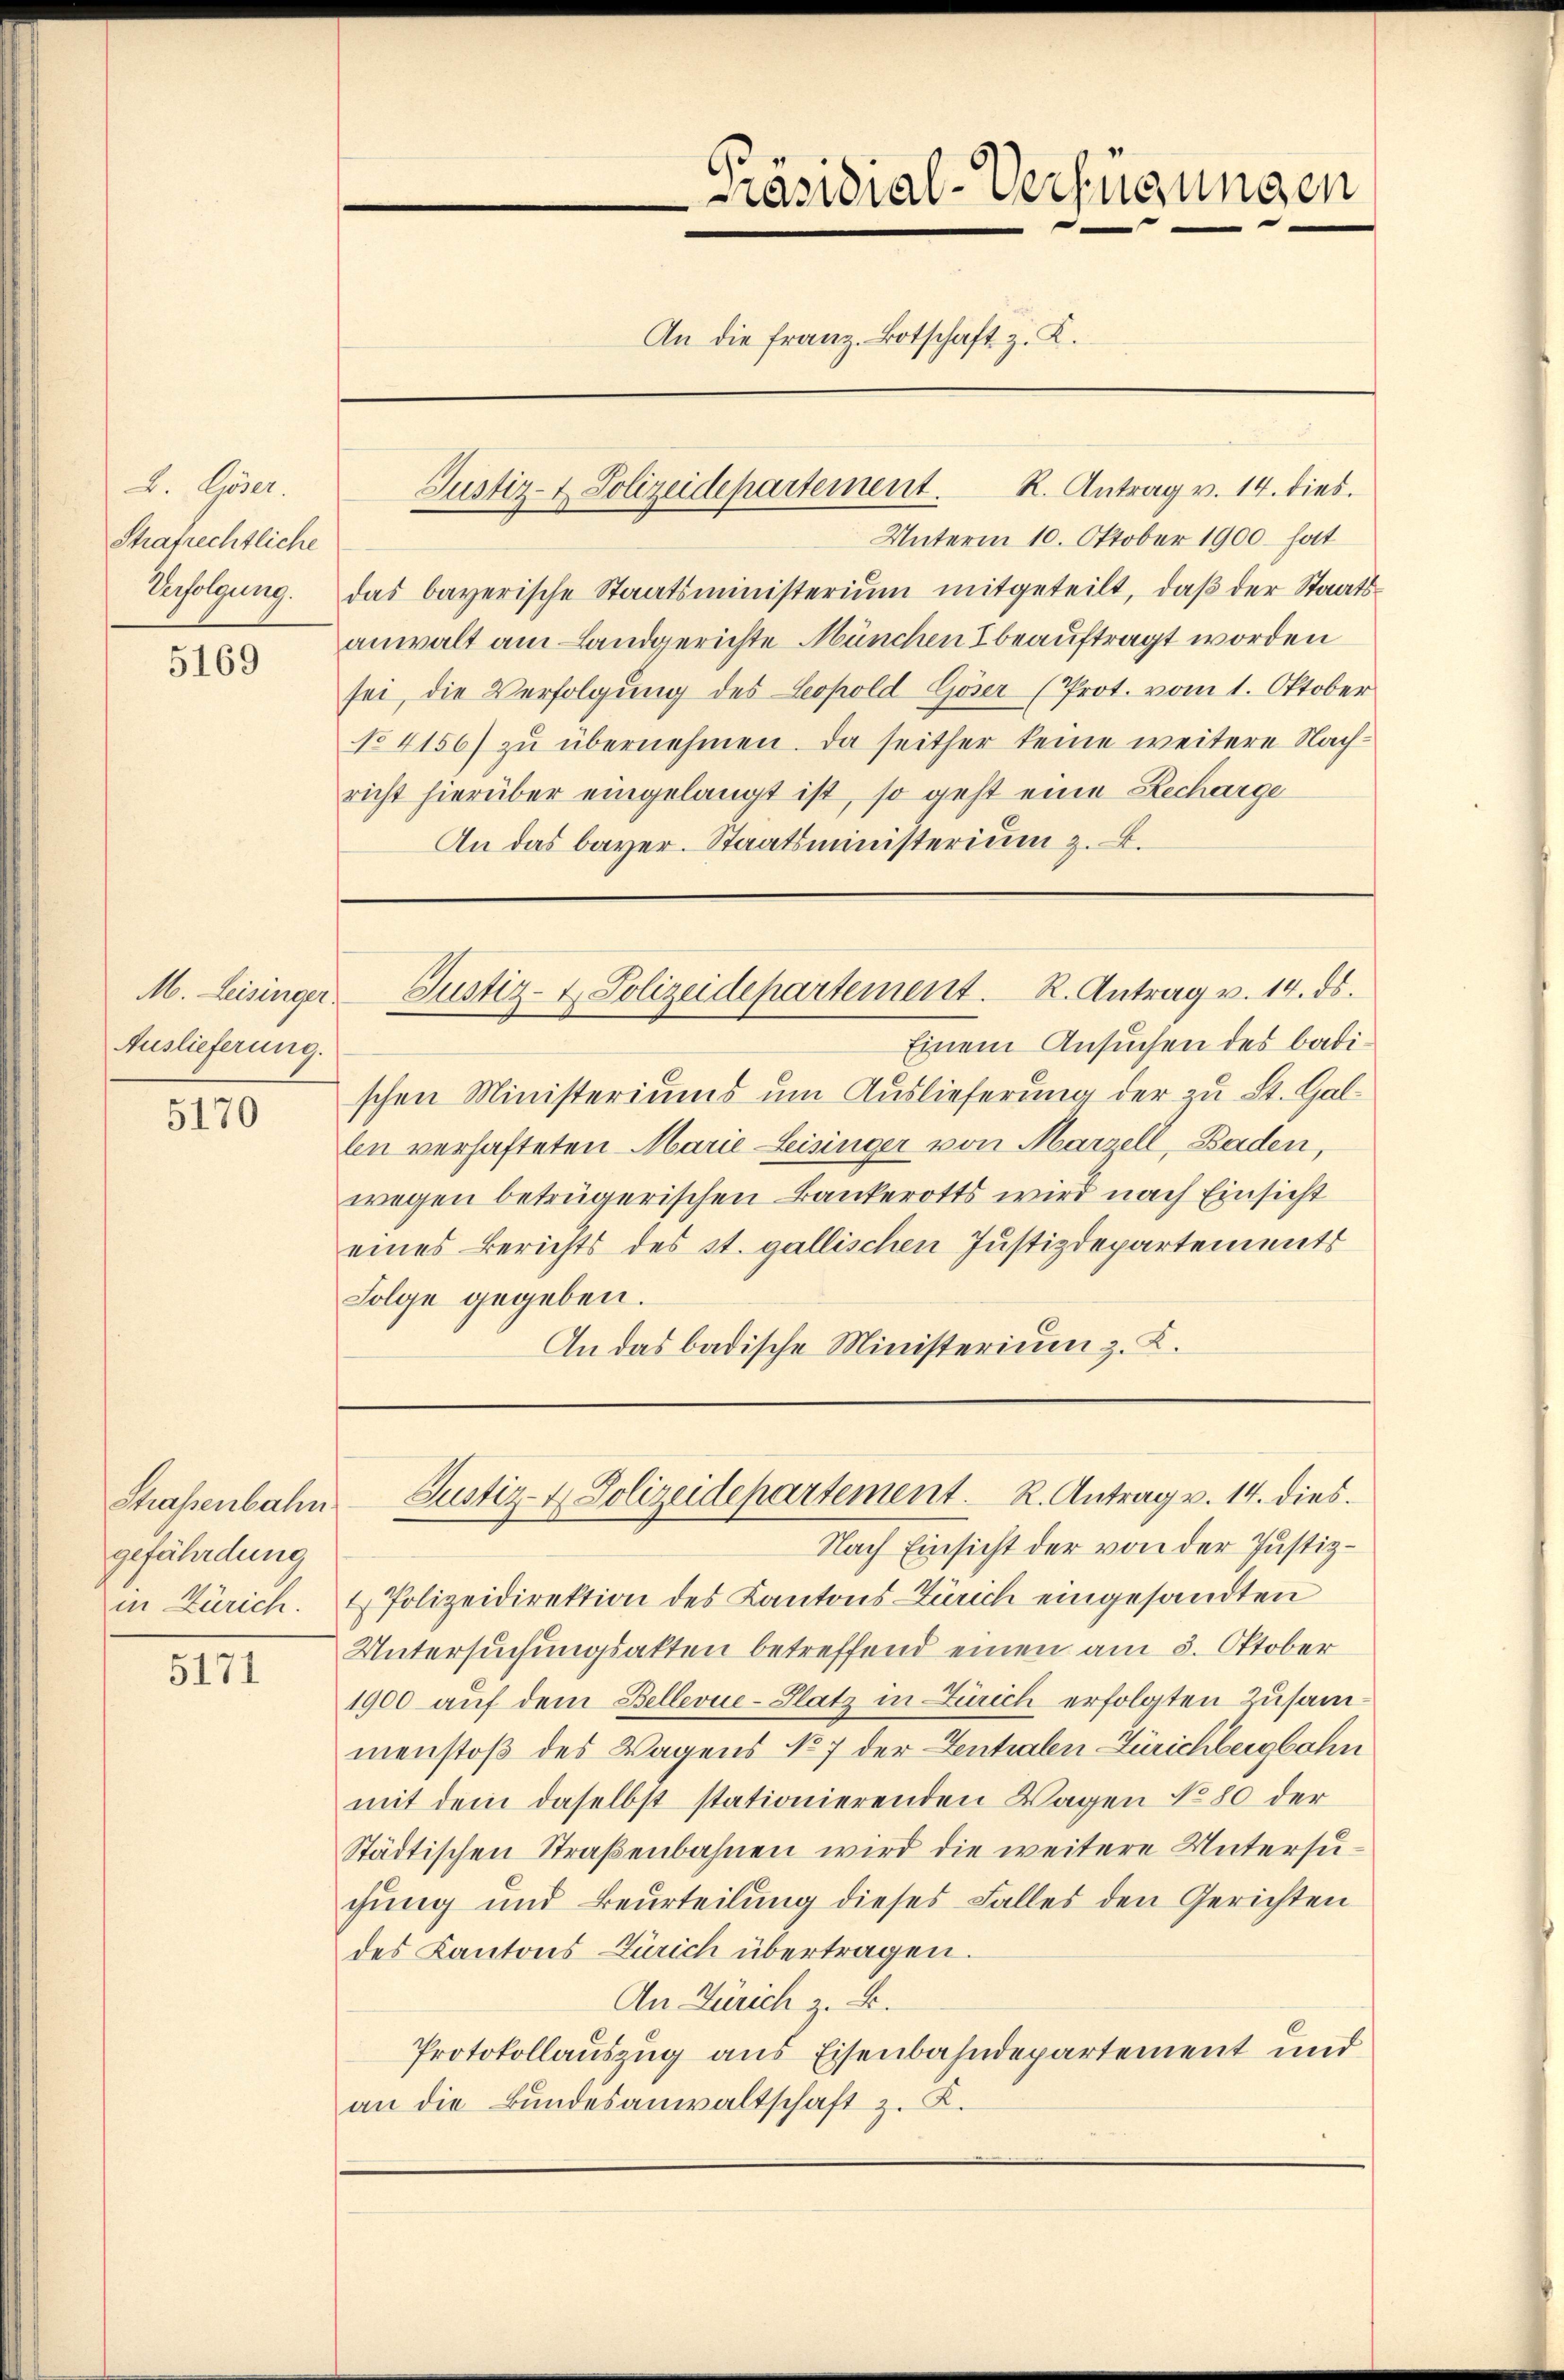
L. Göser.
Strafrechtliche
Verfolgung.

5169

M. Leisinger
Auslieferung.

5170

gefährdung
in Zürich.

5171

An die Franz. Botschaft z. K.

Unterm 10. Oktober 1900 hat
das bayerische Staatsministerium mitgeteilt, daβ der Staats-
anwalt am Landgerichte München & beauftragt worden
sei, die Verfolgung des Leopold Göser (Prot. vom 1. Oktober
No 4156) zu übernehmen. Da seither keine weitere Nachricht hierüber eingelangt ist, so geht eine Recharge
An das bayer. Staatsministerium z. B.

Präsidial-Verfügungen

Justiz- & Polizeidepartement. R. Antrag v. 14. dies.

Einem Ansuchen des badischen Ministeriums um Auslieferung der zu St. Galln verhafteten Marie Leisinger von Marzell, Baden,
wegen betrügerischen Bankerotts wird nach Einsicht
eines Berichts des st. gallischen Justizdepartements
Folge gegeben.
An das badische Ministerium z. K.

Justiz- & Polizeidepartement. K. Antrag v. 14. ds.

Nach Einsicht der von der Justiz¬
& Polizeidirektion des Kantons Zürich eingesandten
Untersuchungsakten betreffend einen am 3. Oktober
1900 auf dem Bellevue-Platz in Zürich erfolgten Zusammenstoß des Wagens No 7 der Zentralen Zürichbergbahn
mit dem daselbst stationierenden Wagen No 80 der
Städtischen Straßenbahnen wird die weitere Untersuchung und Beurteilung dieses Falles den Gerichten
des Kantons Zürich übertragen.
An Zürich z. B.
Protokollauszug aus Eisenbahndepartement und
an die Bundesanwaltschaft z. K.

Straßenbahn- Justiz- & Polizeidepartement. R. Antrag v. 14. dies.